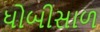
ધોબીસાળ